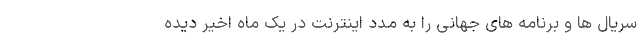
سریال ها و برنامه های جهانی را به مدد اینترنت در یک ماه اخیر دیده